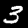
Label: 3